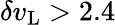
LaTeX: \delta v_{\mathrm{L}}>2.4